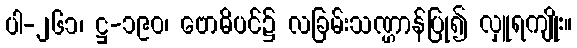
ပါ-၂၆၁၊ ဋ္ဌ-၁၉၀၊ ဗောဓိပင်၌ လခြမ်းသဏ္ဌာန်ပြု၍ လှူရကျိုး။